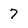
Character: 7